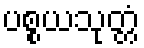
ပစ္စယသုတ္တံ